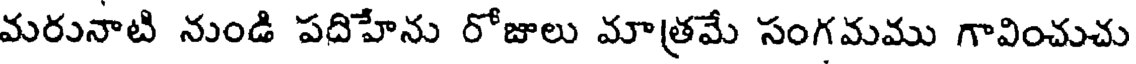
మరునాటి నుండి పదిహేను రోజులు మాత్రమే సంగమము గావించుచు